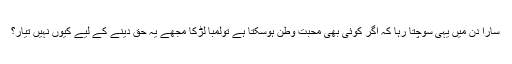
سارا دن میں یہی سوچتا رہا کہ اگر کوئی بھی محبت وطن ہوسکتا ہے تولمبا لڑکا مجھے یہ حق دینے کے لیے کیوں نہیں تیار؟